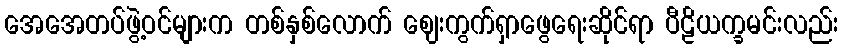
အေအေတပ်ဖွဲ့ဝင်များက တစ်နှစ်လောက် ဈေးကွက်ရှာဖွေရေးဆိုင်ရာ ပီဠိယက္ခမင်းလည်း